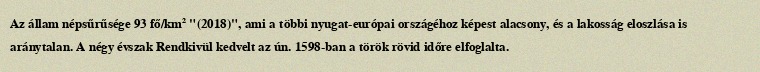
Az állam népsűrűsége 93 fő/km² "(2018)", ami a többi nyugat-európai országéhoz képest alacsony, és a lakosság eloszlása is aránytalan. A négy évszak Rendkivül kedvelt az ún. 1598-ban a török rövid időre elfoglalta.